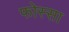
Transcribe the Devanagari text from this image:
फोस्सा